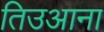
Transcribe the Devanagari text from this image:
तिउआना